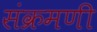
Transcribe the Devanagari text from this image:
संक्रमणी